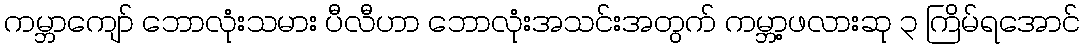
ကမ္ဘာကျော် ဘောလုံးသမား ပီလီဟာ ဘောလုံးအသင်းအတွက် ကမ္ဘာ့ဖလားဆု ၃ ကြိမ်ရအောင်